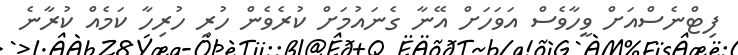
ފިޓްނެސްއަށް ވީހާވެސް އަވަހަށް އޭނާ ގެނައުމަށް ކުރެވެން ހުރި ހުރިހާ ކަމެއް ކުރާނެ